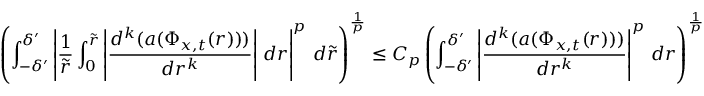
\left( \int _ { - \delta ^ { \prime } } ^ { \delta ^ { \prime } } \left| \frac 1 { \tilde { r } } \int _ { 0 } ^ { \tilde { r } } \left| \frac { d ^ { k } ( a ( \Phi _ { x , t } ( r ) ) ) } { d r ^ { k } } \right| \, d r \right| ^ { p } \, d \tilde { r } \right) ^ { \frac 1 p } \leq C _ { p } \left( \int _ { - \delta ^ { \prime } } ^ { \delta ^ { \prime } } \left| \frac { d ^ { k } ( a ( \Phi _ { x , t } ( r ) ) ) } { d r ^ { k } } \right| ^ { p } \, d r \right) ^ { \frac 1 p }